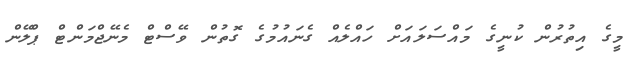
މީގެ އިތުރުން ކުނީގެ މައްސަލައަށް ހައްލެއް ގެނައުމުގެ ގޮތުން ވޭސްޓް މެނޭޖްމަންޓް ޕްލޭން